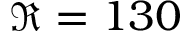
\Re = 1 3 0